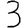
Digit: 3